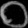
Digit: ၀